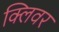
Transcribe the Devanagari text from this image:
क्लिवर